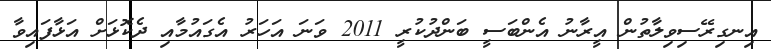
އިނގިރޭސިވިލާތުން އީރާނު އެންބަސީ ބަންދުކުރީ 2011 ވަނަ އަހަރު އެގައުމާއި ދެކޮޅަށް އަޅާފައިވާ